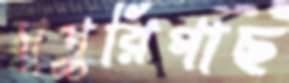
সুপুরিগাছ